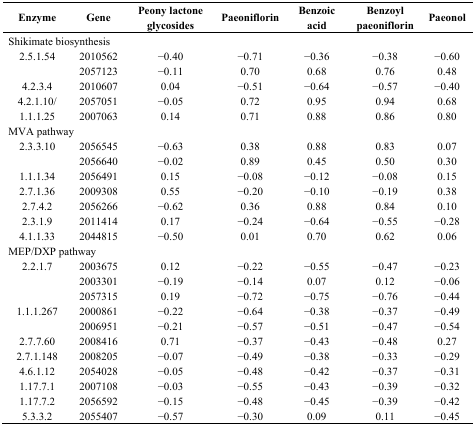
<table><thead><tr><td><b>Enzyme</b></td><td><b>Gene</b></td><td><b>Peony lactone glycosides</b></td><td><b>Paeoniflorin</b></td><td><b>Benzoic acid</b></td><td><b>Benzoyl paeoniflorin</b></td><td><b>Paeonol</b></td></tr></thead><tbody><tr><td colspan="7">Shikimate biosynthesis</td></tr><tr><td>2.5.1.54</td><td>2010562</td><td>−0.40</td><td>−0.71</td><td>−0.36</td><td>−0.38</td><td>−0.60</td></tr><tr><td></td><td>2057123</td><td>−0.11</td><td>0.70</td><td>0.68</td><td>0.76</td><td>0.48</td></tr><tr><td>4.2.3.4</td><td>2010607</td><td>0.04</td><td>−0.51</td><td>−0.64</td><td>−0.57</td><td>−0.40</td></tr><tr><td>4.2.1.10/</td><td>2057051</td><td>−0.05</td><td>0.72</td><td>0.95</td><td>0.94</td><td>0.68</td></tr><tr><td>1.1.1.25</td><td>2007063</td><td>0.14</td><td>0.71</td><td>0.88</td><td>0.86</td><td>0.80</td></tr><tr><td colspan="7">MVA pathway</td></tr><tr><td>2.3.3.10</td><td>2056545</td><td>−0.63</td><td>0.38</td><td>0.88</td><td>0.83</td><td>0.07</td></tr><tr><td></td><td>2056640</td><td>−0.02</td><td>0.89</td><td>0.45</td><td>0.50</td><td>0.30</td></tr><tr><td>1.1.1.34</td><td>2056491</td><td>0.15</td><td>−0.08</td><td>−0.12</td><td>−0.08</td><td>0.15</td></tr><tr><td>2.7.1.36</td><td>2009308</td><td>0.55</td><td>−0.20</td><td>−0.10</td><td>−0.19</td><td>0.38</td></tr><tr><td>2.7.4.2</td><td>2056266</td><td>−0.62</td><td>0.36</td><td>0.88</td><td>0.84</td><td>0.10</td></tr><tr><td>2.3.1.9</td><td>2011414</td><td>0.17</td><td>−0.24</td><td>−0.64</td><td>−0.55</td><td>−0.28</td></tr><tr><td>4.1.1.33</td><td>2044815</td><td>−0.50</td><td>0.01</td><td>0.70</td><td>0.62</td><td>0.06</td></tr><tr><td colspan="7">MEP/DXP pathway</td></tr><tr><td>2.2.1.7</td><td>2003675</td><td>0.12</td><td>−0.22</td><td>−0.55</td><td>−0.47</td><td>−0.23</td></tr><tr><td></td><td>2003301</td><td>−0.19</td><td>−0.14</td><td>0.07</td><td>0.12</td><td>−0.06</td></tr><tr><td></td><td>2057315</td><td>0.19</td><td>−0.72</td><td>−0.75</td><td>−0.76</td><td>−0.44</td></tr><tr><td>1.1.1.267</td><td>2000861</td><td>−0.22</td><td>−0.64</td><td>−0.38</td><td>−0.37</td><td>−0.49</td></tr><tr><td></td><td>2006951</td><td>−0.21</td><td>−0.57</td><td>−0.51</td><td>−0.47</td><td>−0.54</td></tr><tr><td>2.7.7.60</td><td>2008416</td><td>0.71</td><td>−0.37</td><td>−0.43</td><td>−0.48</td><td>0.27</td></tr><tr><td>2.7.1.148</td><td>2008205</td><td>−0.07</td><td>−0.49</td><td>−0.38</td><td>−0.33</td><td>−0.29</td></tr><tr><td>4.6.1.12</td><td>2054028</td><td>−0.05</td><td>−0.48</td><td>−0.42</td><td>−0.37</td><td>−0.31</td></tr><tr><td>1.17.7.1</td><td>2007108</td><td>−0.03</td><td>−0.55</td><td>−0.43</td><td>−0.39</td><td>−0.32</td></tr><tr><td>1.17.7.2</td><td>2056592</td><td>−0.15</td><td>−0.48</td><td>−0.45</td><td>−0.39</td><td>−0.42</td></tr><tr><td>5.3.3.2</td><td>2055407</td><td>−0.57</td><td>−0.30</td><td>0.09</td><td>0.11</td><td>−0.45</td></tr></tbody></table>